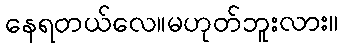
နေရတယ်လေ။မဟုတ်ဘူးလား။